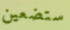
ستضعين